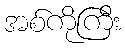
အစ်ကိုကြီး